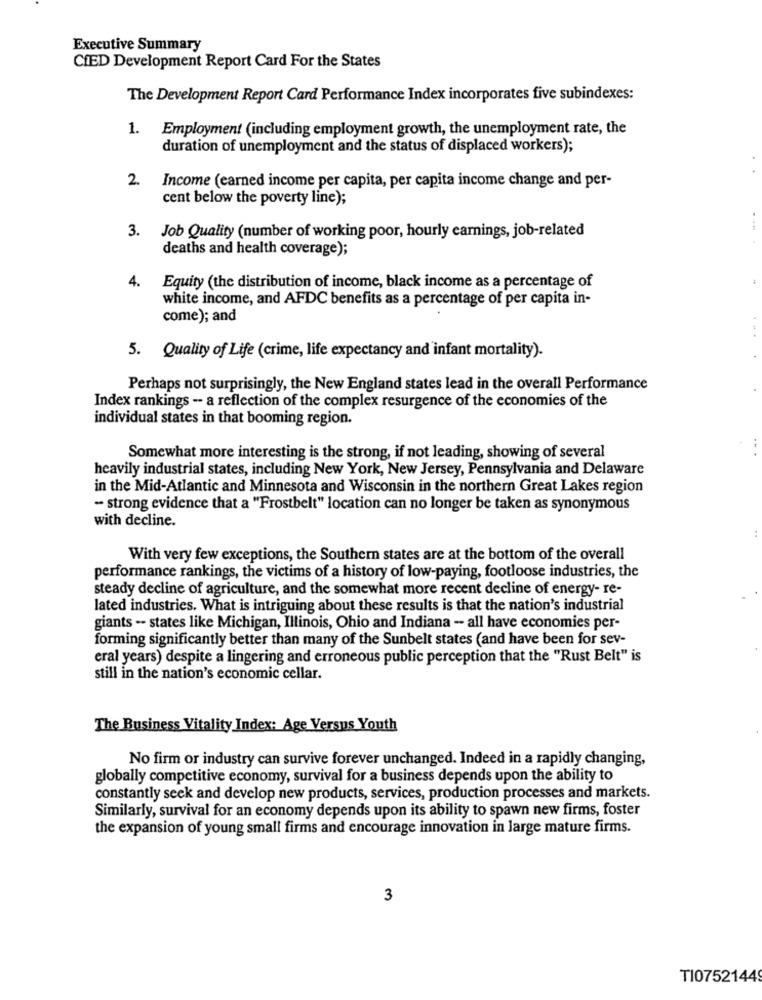
Executive Summary
CIED Development Report Card For the States
The Development Report Card Performance Index incorporates five subindexes:
1. Employment (including employment growth, the unemployment rate, the
duration of unemployment and the status of displaced workers);
2.
Income (earned income per capita, per capita income change and per-
cent below the poverty line);
3.
Job Quality (number of working poor, hourly earnings, job-related
deaths and health coverage);
4.
:
Equity (the distribution of income, black income as a percentage of
white income, and AFDC benefits as a percentage of per capita in-
come); and
5. Quality of Life (crime, life expectancy and infant mortality).
Perhaps not surprisingly, the New England states lead in the overall Performance
Index rankings - a reflection of the complex resurgence of the economies of the
individual states in that booming region.
Somewhat more interesting is the strong, if not leading, showing of several
heavily industrial states, including New York, New Jersey, Pennsylvania and Delaware
in the Mid-Atlantic and Minnesota and Wisconsin in the northern Great Lakes region
- strong evidence that a "Frostbelt" location can no longer be taken as synonymous
with decline.
With very few exceptions, the Southern states are at the bottom of the overall
performance rankings, the victims of a history of low-paying, footloose industries, the
steady decline of agriculture, and the somewhat more recent decline of energy- re-
lated industries. What is intriguing about these results is that the nation's industrial
giants -- states like Michigan, Illinois, Ohio and Indiana - all have economies per-
forming significantly better than many of the Sunbelt states (and have been for sev-
eral years) despite a lingering and erroneous public perception that the "Rust Belt" is
still in the nation's economic cellar.
The Business Vitality Index: Age Versus Youth
No firm or industry can survive forever unchanged. Indeed in a rapidly changing,
globally competitive economy, survival for a business depends upon the ability to
constantly seek and develop new products, services, production processes and markets.
Similarly, survival for an economy depends upon its ability to spawn new firms, foster
the expansion of young small firms and encourage innovation in large mature firms.
3
TI0752144